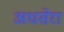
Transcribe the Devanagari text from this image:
अधसेरा